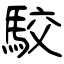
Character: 駮